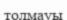
толмауы